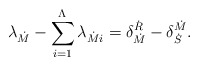
\begin{align*}\lambda_{\dot{M}} - \sum_{i=1}^{\Lambda} \lambda_{\dot{M}i} = \delta^{\dot{R}}_{\dot{M}} - \delta^{\dot{M}}_{\dot{S}}.\end{align*}